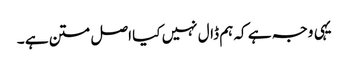
یہی وجہ ہے کہ ہم ڈال نہیں کیا اصل متن ہے ۔